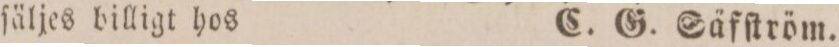
ſäljes billigt hos    C. G. Säfſtröm.